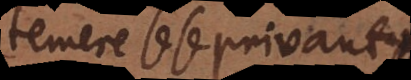
temere sese privant